Report on vaccination North-West Frontier Province 1904-1922 - 1904-1922
Year: 1904
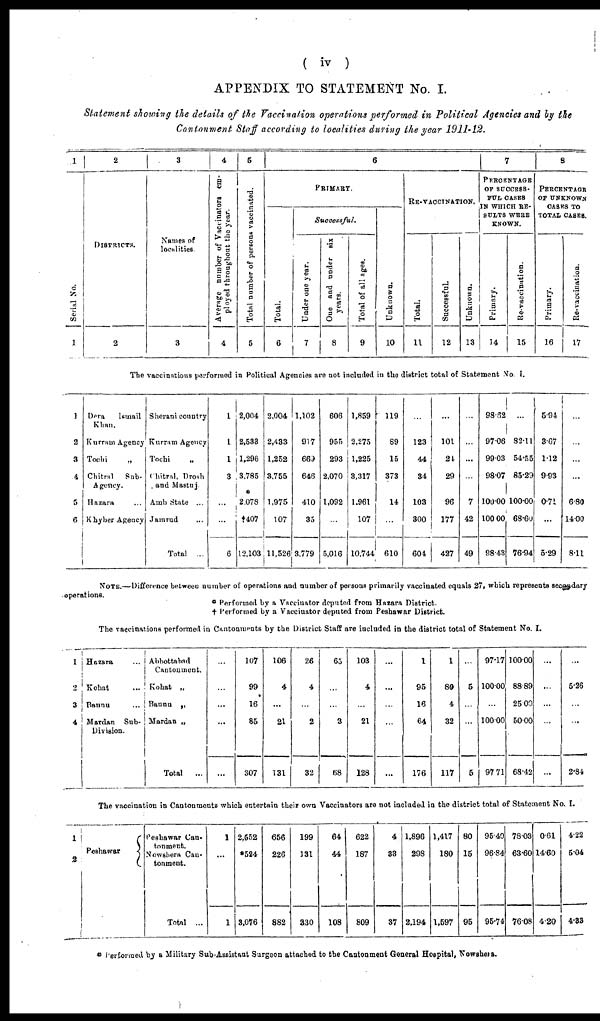
( iv )
APPENDIX TO STATEMENT No. I.
Statement showing the details of the Vaccination operations performed in Political Agencies and by the
Cantonment Staff according to localities during the year 1911-12.
1
Serial No.
1
2
DISTRICTS.
2
3
Names of
localities.
3
4
Average number of Vaccinators em-
ployed throughout the year.
4
5
Total number of persons vaccinated.
5
6
PRIMARY.
Total.
6
Successful.
Under one year.
7
One and under six
years.
8
Total of all ages.
9
Unknown.
10
RE-VACCINATION.
Total.
11
Successful.
12
Unknown.
13
7
PERCENTAGE
OF SUCCESS¬
FUL CASES
IN WHICH RE¬
SULTS WERE
KNOWN.
Primary.
14
Re-vaccination.
15
8
PERCENTAGE
OF UNKNOWN
CASES TO
TOTAL CASES.
Primary.
16
Re-vaccination.
17
The vaccinations performed in Political Agencies are not included in the district total of Statement No. I.
1
2
3
4
5
6
Dera
Ismail
Khan.
Kurram Agency
Tochi „
Chitral Sub-
Agency.
Hazara ...
Khyber Agency
Sherani country
Kurram Agency
Tochi „
Chitral, Drosh
and Mastuj
Amb State ...
Jamrud ...
Total ...
1
1
1
3
...
...
6
2,004
2,533
1,296
3,785
*
2,078
†407
12,103
2,004
2,433
1,252
3,755
1,975
107
11,526
1,102
917
669
646
410
35
3,779
606
955
293
2,070
1,092
...
5,016
1,859
2,275
1,225
3,317
1,961
107
10,744
119
69
16
373
14
...
610
...
123
44
34
103
300
604
...
101
24
29
96
177
427
...
...
...
...
7
42
49
98.62
97.06
99.03
98.07
100.00
100.00
98.43
...
82.11
54.55
85.29
100.00
68.60
76.94
5.94
3.67
1.12
9.93
0.71
...
5.29
...
...
...
...
6.80
14.00
8.11
NOTE.—Difference between number of operations and number of persons primarily vaccinated equals 27, which represents secondary
operations.
* Performed by a Vaccinator deputed from Hazara District.
† Performed by a Vaccinator deputed from Peshawar District.
The vaccinations performed in Cantonments by the District Staff are included in the district total of Statement No. I.
1
2
3
4
Hazara
...
Kohat ...
Bannu
...
Mardan Sub-
Division.
Abbottabad
Cantontment.
Kohat „
Bannu „
Mardan „
Total ...
...
...
...
...
...
107
99
16
85
307
106
4
...
21
131
26
4
...
2
32
65
...
...
3
68
103
4
...
21
128
...
...
...
...
...
1
95
16
64
176
1
80
4
32
117
...
5
...
...
5
97.17
100.00
...
100.00
97.71
100.00
88.89
25.00
50.00
68.42
...
...
...
...
...
...
5.26
...
...
2.84
The vaccination in Cantonments which entertain their own Vaccinators are not included in the district total of Statement No. I.
1
2
Peshawar
Peshawar Can¬
tonment.
Nowshera Can¬
tonment.
Total ...
1
...
1
2,552
*524
3,076
656
226
882
199
131
330
64
44
108
622
187
809
4
33
37
1,896
298
2,194
1,417
180
1,597
80
15
95
96.40
96.84
95.74
78.03
63.60
76.08
0.61
14.60
4.20
4.22
5.04
4.33
* Performed by a Military Sub-Assistant Surgeon attached to the Cantonment General Hospital, Nowshera.